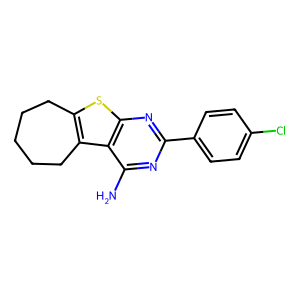
SMILES: Nc1nc(-c2ccc(Cl)cc2)nc2sc3c(c12)CCCCC3
Inhibits HIV replication: No